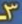
3